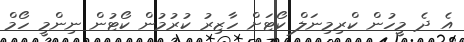
އެ ދެ މީހުން ކްރިމިނަލް ކޯޓަށް ހާޒިރު ކުރުމުން ކޯޓުން ނިންމީ ހޯމް